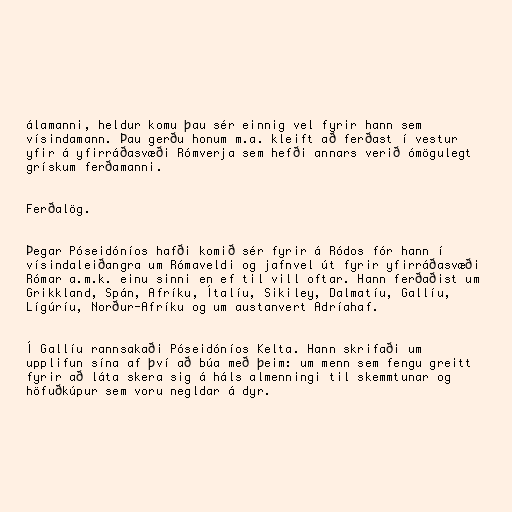
álamanni, heldur komu þau sér einnig vel fyrir hann sem
vísindamann. Þau gerðu honum m.a. kleift að ferðast í vestur
yfir á yfirráðasvæði Rómverja sem hefði annars verið ómögulegt
grískum ferðamanni.

Ferðalög.

Þegar Póseidóníos hafði komið sér fyrir á Ródos fór hann í
vísindaleiðangra um Rómaveldi og jafnvel út fyrir yfirráðasvæði
Rómar a.m.k. einu sinni en ef til vill oftar. Hann ferðaðist um
Grikkland, Spán, Afríku, Ítalíu, Sikiley, Dalmatíu, Gallíu,
Lígúríu, Norður-Afríku og um austanvert Adríahaf.

Í Gallíu rannsakaði Póseidóníos Kelta. Hann skrifaði um
upplifun sína af því að búa með þeim: um menn sem fengu greitt
fyrir að láta skera sig á háls almenningi til skemmtunar og
höfuðkúpur sem voru negldar á dyr.